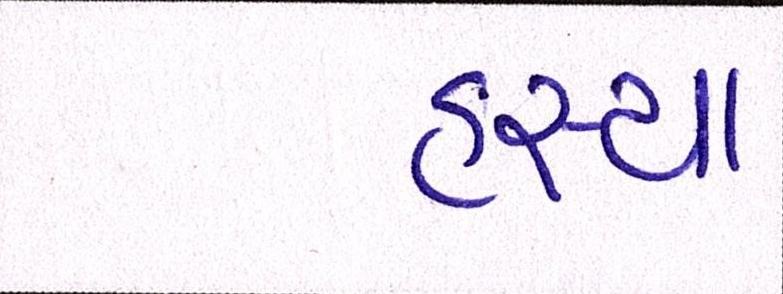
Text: હસ્યા